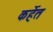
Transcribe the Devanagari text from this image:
कर्हेत